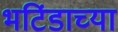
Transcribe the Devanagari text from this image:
भटिंडाच्या